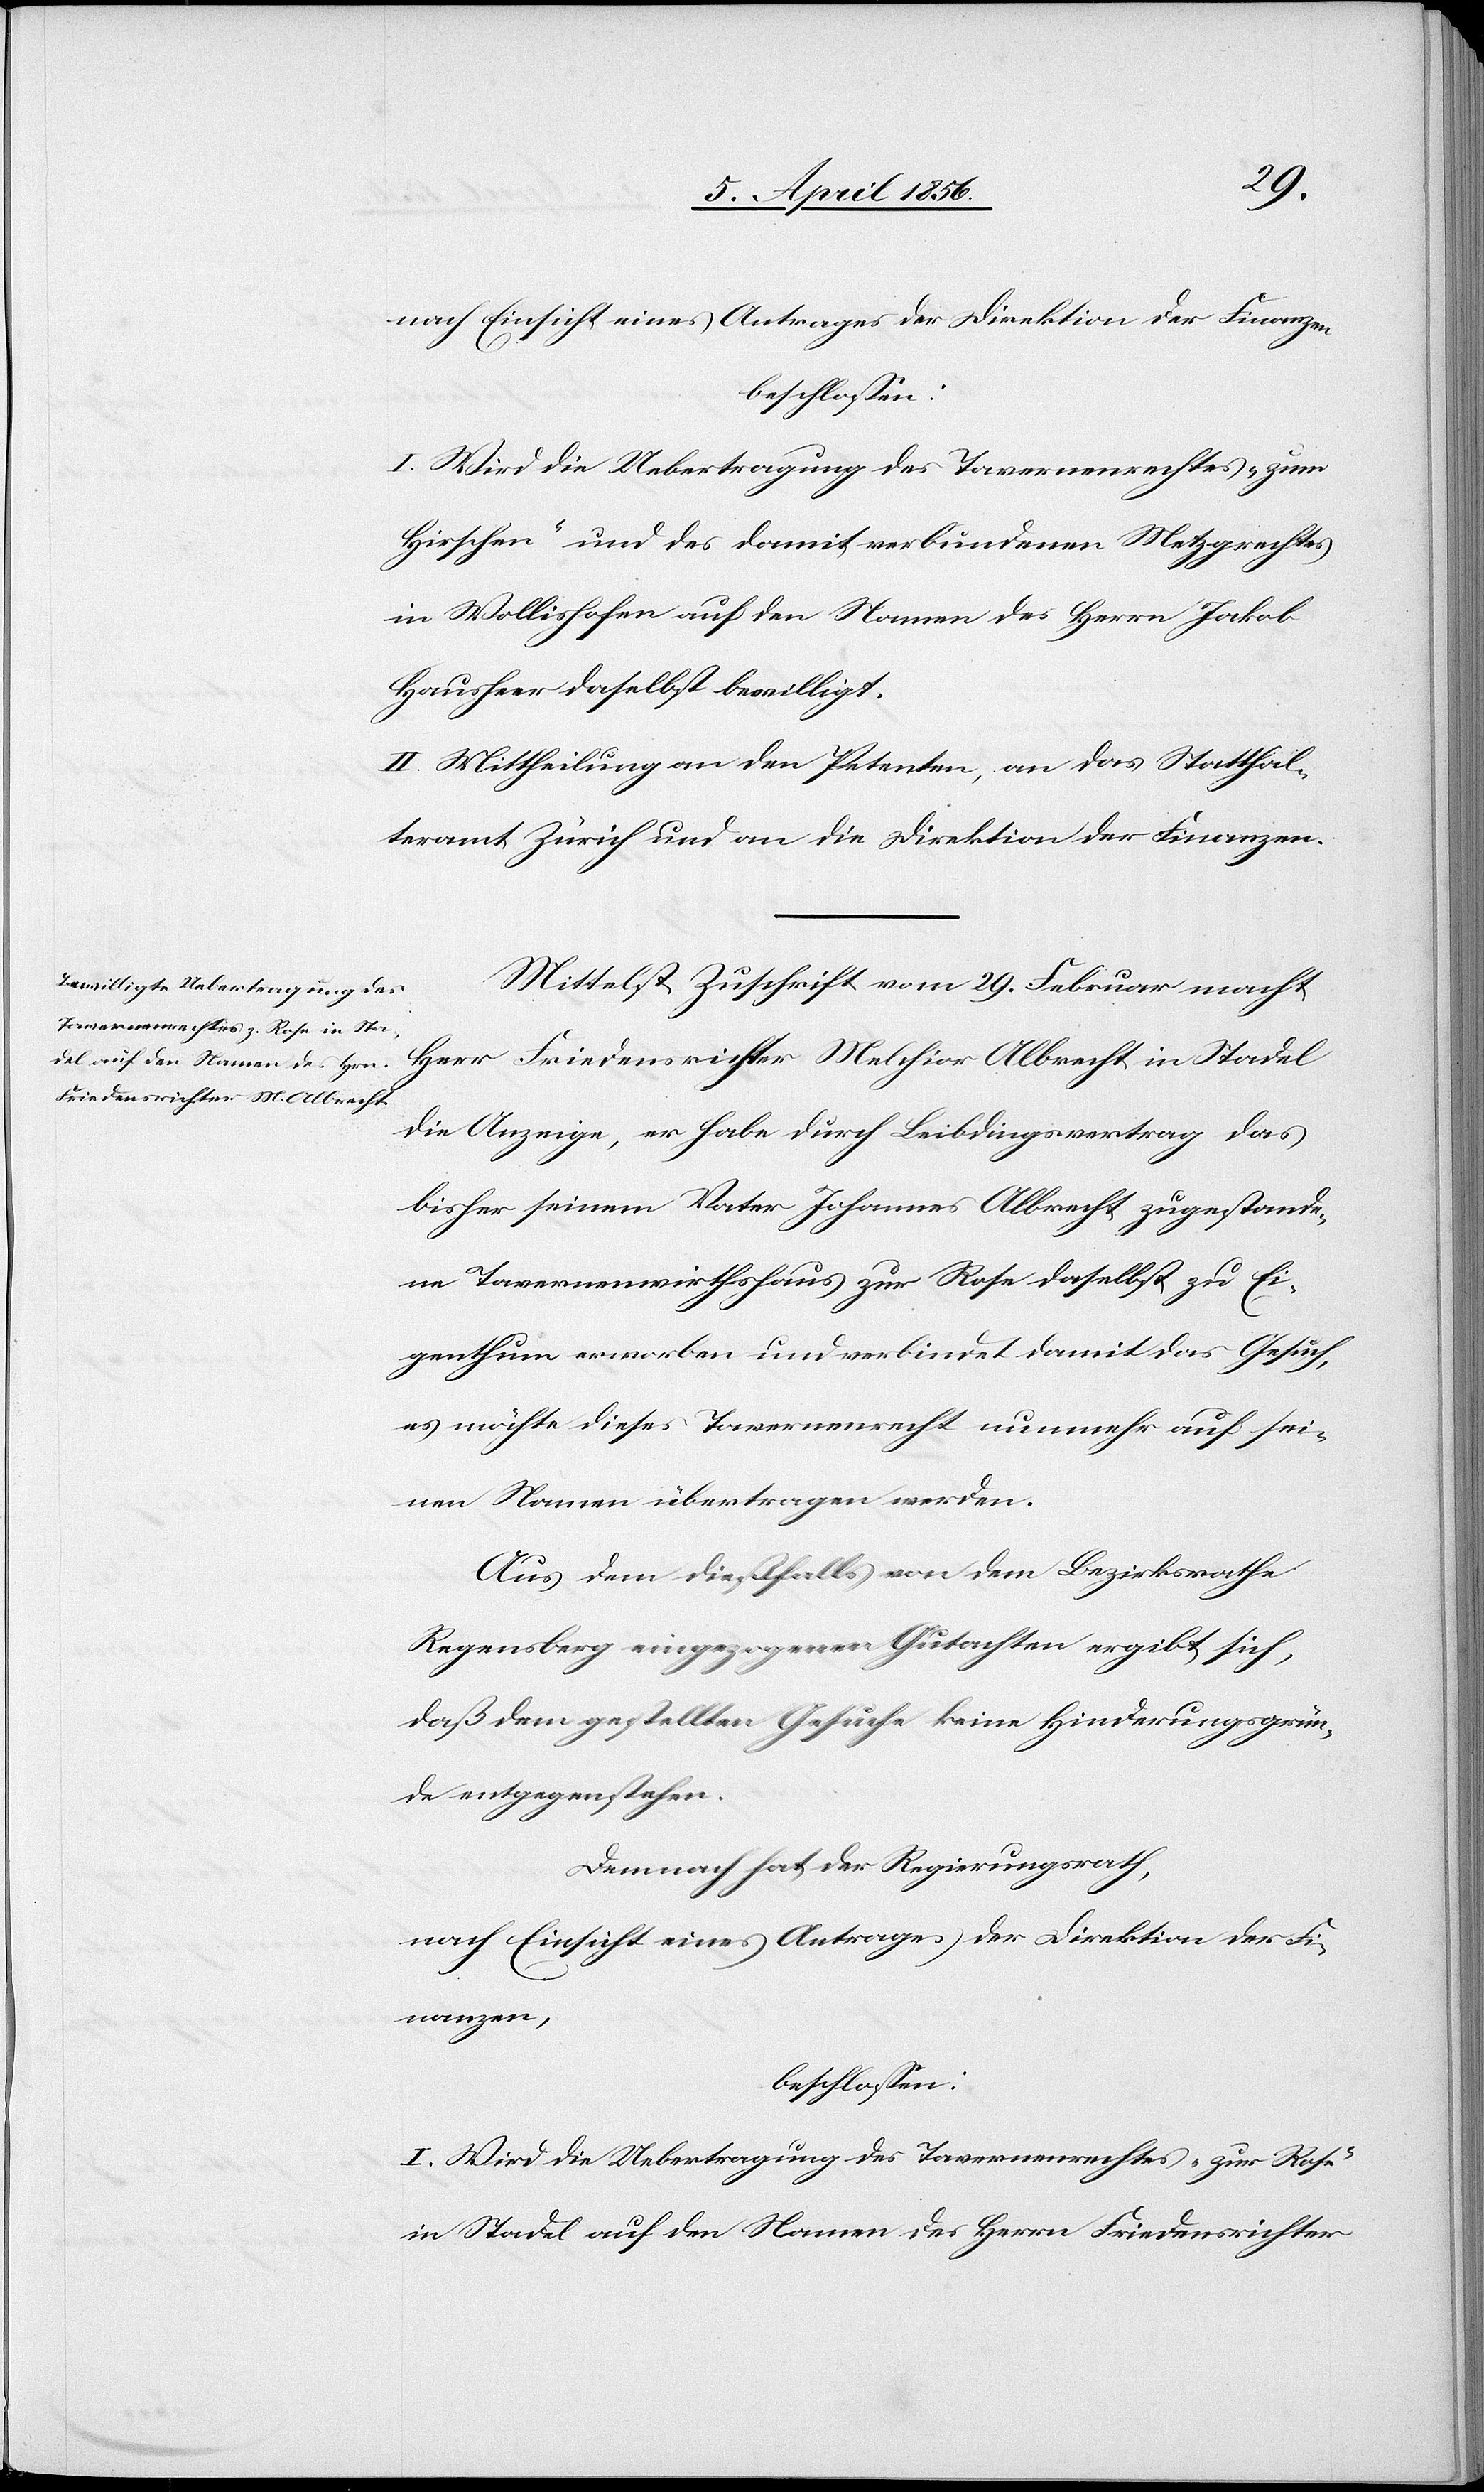
nach Einsicht eines Antrages der Direktion der Finanzen
beschlossen:
I. Wird die Uebertragung des Tavernenrechtes „zum
Hirschen“ und des damit verbundenen Metzgrechtes
in Wollishofen auf den Namen des Herrn Jakob
Hausheer daselbst bewilligt.
II. Mittheilung an den Petenten, an das Statthal¬
teramt Zürich und an die Direktion der Finanzen.
Mittelst Zuschrift vom 29. Februar macht
Herr Friedensrichter Melchior Albrecht in Stadel
die Anzeige, er habe durch Leibdingsvertrag das
bisher seinem Vater Johannes Albrecht zugestande¬
ne Tavernenwirthshaus zur Rose daselbst zu Ei¬
genthum erworben und verbindet damit das Gesuch,
es möchte dieses Tavernenrecht nunmehr auf sei¬
nen Namen übertragen werden.
Aus dem dießfalls von dem Bezirksrathe
Regensberg eingezogenen Gutachten ergibt sich,
daß dem gestellten Gesuche keine Hinderungsgrün¬
de entgegenstehen.
Demnach hat der Regierungsrath,
nach Einsicht eines Antrages der Direktion der Fi¬
nanzen,
beschlossen:
I. Wird die Uebertragung des Tavernenrechtes „zur Rose“
in Stadel auf den Namen des Herrn Friedensrichter